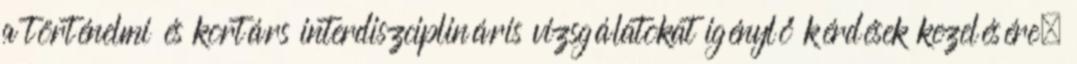
a történelmi és kortárs interdiszciplináris vizsgálatokat igénylő kérdések kezelésére.